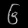
Digit: ၆